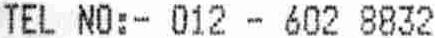
TEL NO:- 012 - 602 8832